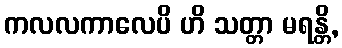
ကလလကာလေပိ ဟိ သတ္တာ မရန္တိ,